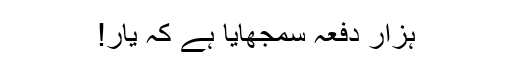
ہزار دفعہ سمجھایا ہے کہ یار!